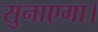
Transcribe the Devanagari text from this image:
सुनाएगा।